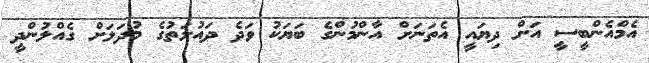
އެމްއެންބީސީ އަށް ދިޔައީ އެތަނަށް އާންމުންގެ ބަޔަކު ވަދެ ދައުލަތުގެ މުދަލަށް ގެއްލުންދީ